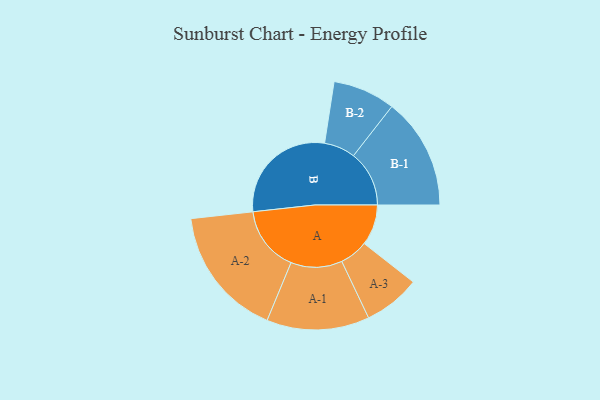
{"axis": {"x": "Segment", "y": "Value"}, "legend": ["", "A", "B"], "data": [{"x": "A", "y": 158, "type": ""}, {"x": "B", "y": 436, "type": ""}, {"x": "A-1", "y": 199, "type": "A"}, {"x": "A-2", "y": 254, "type": "A"}, {"x": "A-3", "y": 110, "type": "A"}, {"x": "B-1", "y": 216, "type": "B"}, {"x": "B-2", "y": 121, "type": "B"}]}